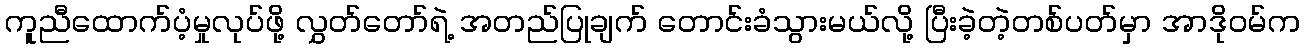
ကူညီထောက်ပံ့မှုလုပ်ဖို့ လွှတ်တော်ရဲ့ အတည်ပြုချက် တောင်းခံသွားမယ်လို့ ပြီးခဲ့တဲ့တစ်ပတ်မှာ အာဒိုဝမ်က